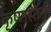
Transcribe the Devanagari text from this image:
कृष्णस्तनी